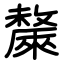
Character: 斄